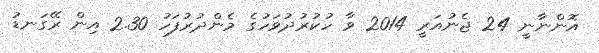
އޮންނާނީ 24 ޖެނުއަރީ 2014 ވާ ހުކުރުދުވަހުގެ މެންދުރުފަހު 2.30 އިން ރޭގަނޑު